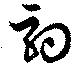
駒